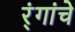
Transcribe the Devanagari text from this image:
र्ंगांचे